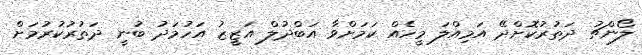
ލޯންޗު ދަތުރުކޮށްދޭ އަމިއްލަ މީހެއް ކަމަށްވާ އަބްދުލް އަޒީޒު އަހުމަދު ބުނީ ދަތުރުކުރުމަށް